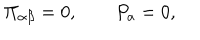
LaTeX: \Pi _ { \alpha \beta } = 0 , \qquad P _ { a } = 0 ,